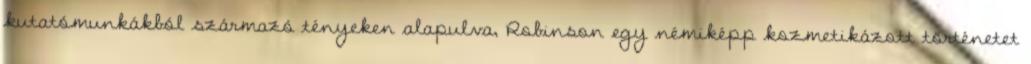
kutatómunkákból származó tényeken alapulva, Robinson egy némiképp kozmetikázott történetet